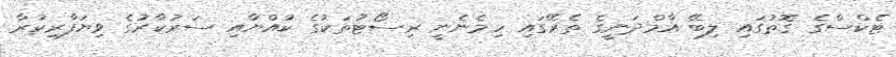
ޓެކްސްގެ ގޮތުގައި ލިބޭ އާމްދަނީގެ ތެރޭގައި ހިމެނެނީ ރިސޯޓުތަކުގެ ކުއްޔާއި ސަރުކާރުގެ ވިޔަފާރިކުރާ